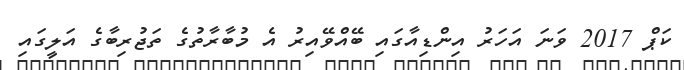
ކަޕް 2017 ވަނަ އަހަރު އިންޑިއާގައި ބޭއްވޭއިރު އެ މުބާރާތުގެ ތަޖުރިބާގެ އަލީގައި